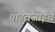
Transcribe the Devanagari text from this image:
पांडवजाईचे